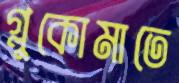
গ্লুকোমাতে